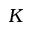
K